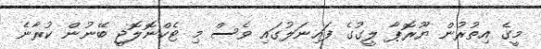
މީގެ އިތުރުން ޔޫރޮޕާ ލީގުގެ ފައިނަލުގައި ވެސް މި ޓެކްނޮލޮޖީ ބޭނުން ކުރާނެ